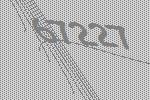
67227